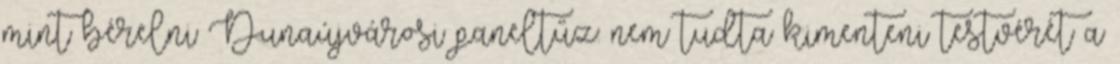
mint bérelni Dunaújvárosi paneltűz: nem tudta kimenteni testvérét a